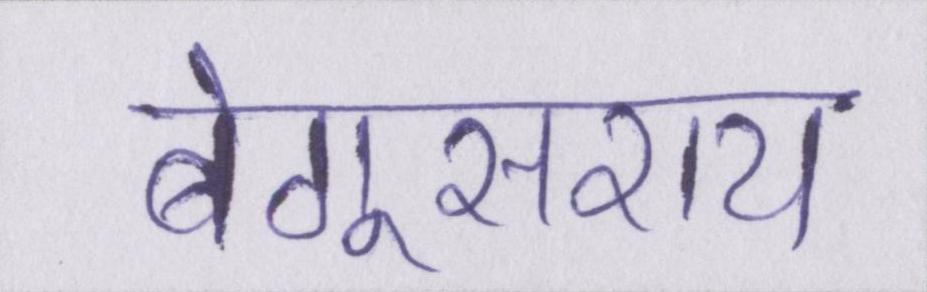
बेगूसराय